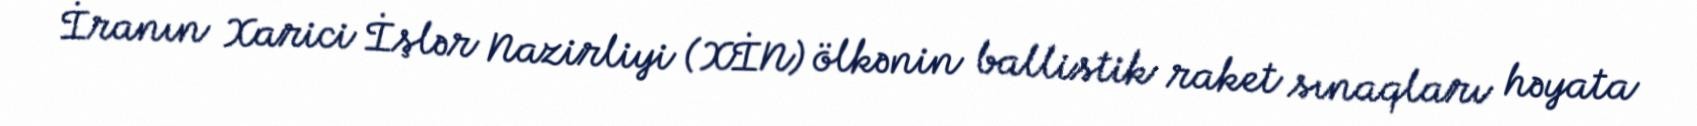
İranın Xarici İşlər Nazirliyi (XİN) ölkənin ballistik raket sınaqları həyata